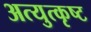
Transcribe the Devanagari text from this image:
अत्युत्‍कृष्ट